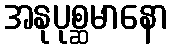
အနုပုစ္ဆမာနော